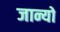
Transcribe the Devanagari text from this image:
जान्यो